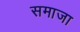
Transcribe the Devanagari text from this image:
समाजा